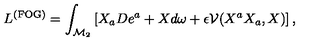
L ^ { \mathrm { ( F O G ) } } = \int _ { \mathcal { M } _ { 2 } } \left[ X _ { a } D e ^ { a } + X d \omega + \epsilon \mathcal { V } ( X ^ { a } X _ { a } , X ) \right] ,